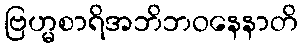
ဗြဟ္မစာရိအဘိဘဝနေနာတိ